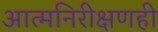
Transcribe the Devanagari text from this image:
आत्मनिरीक्षणही